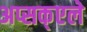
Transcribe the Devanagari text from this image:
अप्सक्एले